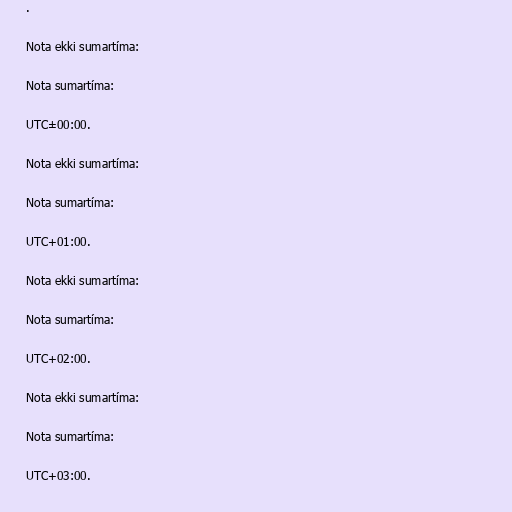
.

Nota ekki sumartíma:

Nota sumartíma:

UTC±00:00.

Nota ekki sumartíma:

Nota sumartíma:

UTC+01:00.

Nota ekki sumartíma:

Nota sumartíma:

UTC+02:00.

Nota ekki sumartíma:

Nota sumartíma:

UTC+03:00.